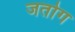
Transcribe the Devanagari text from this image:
जतोग